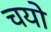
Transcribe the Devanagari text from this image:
चयो